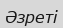
Әзреті